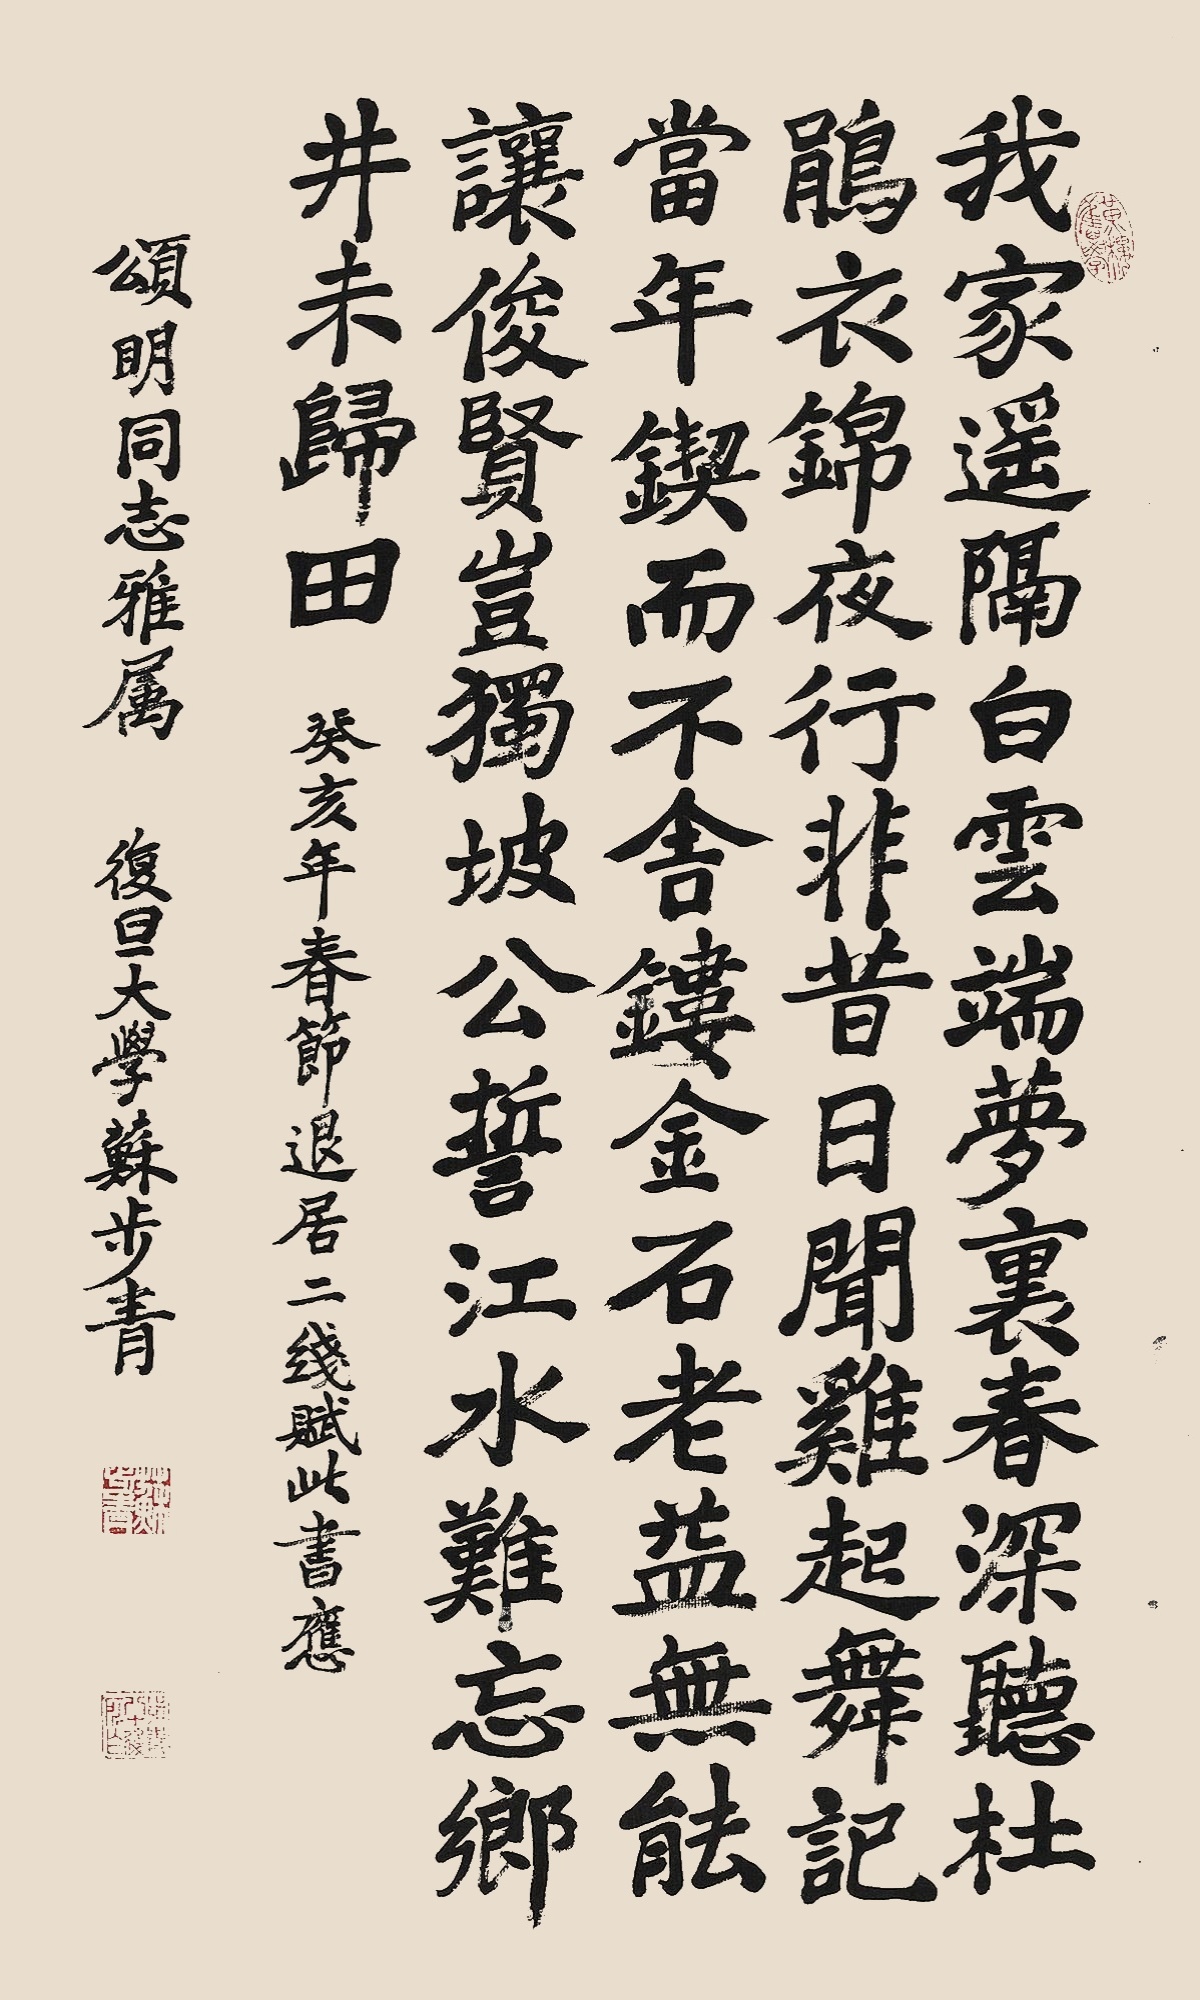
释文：我家遥隔白云端，梦里春深听杜鹃。衣锦夜行非昔日，闻鸡起舞记当年。锲而不舍镂金石，老益无能让俊贤。岂独坡公誓江水，难忘乡井未归田。癸亥年春节退居二线，赋此书应颂明同志雅属，复旦大学苏步青。